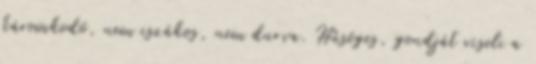
káromkodó, nem iszákos, nem durva. Hűséges, gondját viseli a